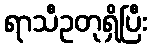
ရာသီဥတုရှိပြီး